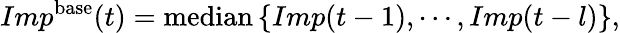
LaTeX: Imp^{\mathrm{base}}(t)={\mathrm{median}}\left\{ Imp(t-1),\cdots,Imp(t-l)\right\} ,